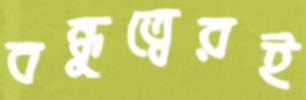
বন্ধুত্বেরই